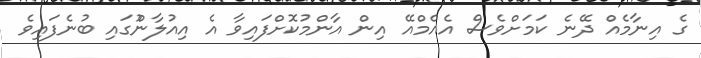
ގެ އިނާމެއް ދޭނެ ކަމަށްވެސް އެއެމްއޭ އިން އާންމުކޮށްފައިވާ އެ އިއުލާންުގައި ބުނެފައިވެ